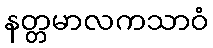
နတ္တမာလကသာဝံ